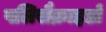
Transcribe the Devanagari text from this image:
पलिसैक्राइडों